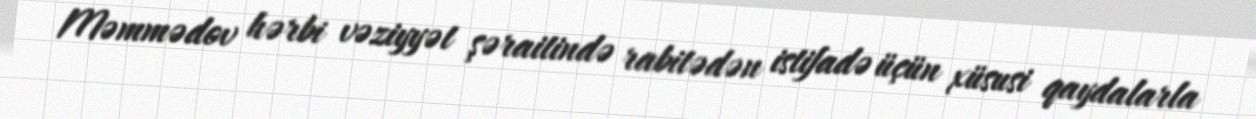
Məmmədov hərbi vəziyyət şəraitində rabitədən istifadə üçün xüsusi qaydalarla